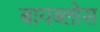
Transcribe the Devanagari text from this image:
बायब्लोस